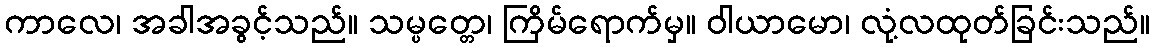
ကာလေ၊ အခါအခွင့်သည်။ သမ္ပတ္တေ၊ ကြိမ်ရောက်မှ။ ဝါယာမော၊ လုံ့လထုတ်ခြင်းသည်။